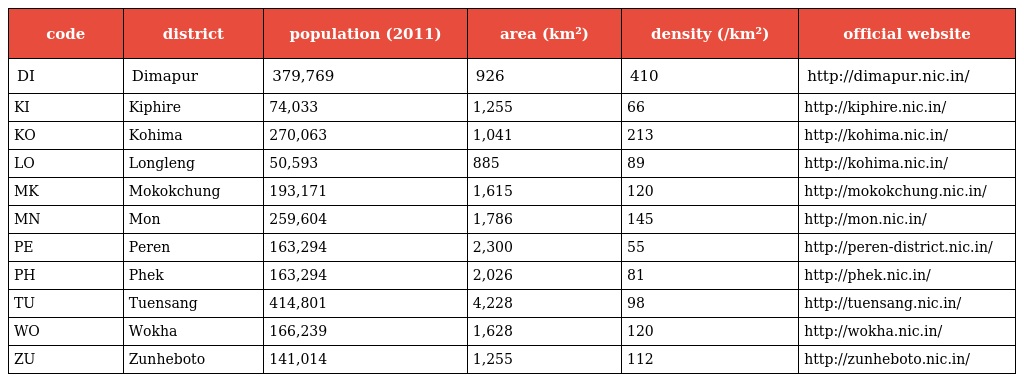
| code | district | population (2011) | area (km²) | density (/km²) | official website |
 | --- | --- | --- | --- | --- | --- |
 | DI | Dimapur | 379,769 | 926 | 410 | http://dimapur.nic.in/ |
 | KI | Kiphire | 74,033 | 1,255 | 66 | http://kiphire.nic.in/ |
 | KO | Kohima | 270,063 | 1,041 | 213 | http://kohima.nic.in/ |
 | LO | Longleng | 50,593 | 885 | 89 | http://kohima.nic.in/ |
 | MK | Mokokchung | 193,171 | 1,615 | 120 | http://mokokchung.nic.in/ |
 | MN | Mon | 259,604 | 1,786 | 145 | http://mon.nic.in/ |
 | PE | Peren | 163,294 | 2,300 | 55 | http://peren-district.nic.in/ |
 | PH | Phek | 163,294 | 2,026 | 81 | http://phek.nic.in/ |
 | TU | Tuensang | 414,801 | 4,228 | 98 | http://tuensang.nic.in/ |
 | WO | Wokha | 166,239 | 1,628 | 120 | http://wokha.nic.in/ |
 | ZU | Zunheboto | 141,014 | 1,255 | 112 | http://zunheboto.nic.in/ |